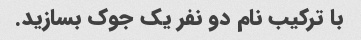
با ترکیب نام دو نفر یک جوک بسازید.